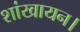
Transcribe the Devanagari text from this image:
शांखायन।